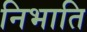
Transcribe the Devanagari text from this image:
निभाति